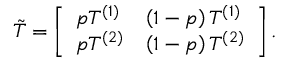
\tilde { T } = \left[ \begin{array} { l l } { p T ^ { ( 1 ) } } & { \left( 1 - p \right) T ^ { ( 1 ) } } \\ { p T ^ { ( 2 ) } } & { \left( 1 - p \right) T ^ { ( 2 ) } } \end{array} \right] .